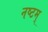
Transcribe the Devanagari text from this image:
नष्टम्